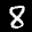
Label: 8